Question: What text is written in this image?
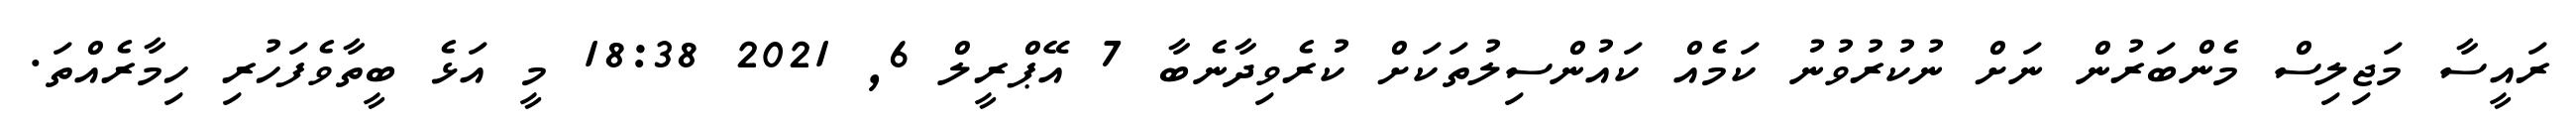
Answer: ރައީސާ މަޖިލިސް މެންބަރުން ނަށް ނުކުރުވުނު ކަމެއް ކައުންސިލުތަކަށް ކުރެވިދާނެބާ 7 އޭޕްރީލް 6, 2021 18:38 މީ އަޅެ ބީތާވެފަހުރި ހިމާރެއްތަ.